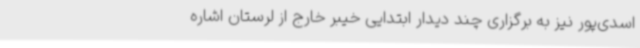
اسدی‌پور نیز به برگزاری چند دیدار ابتدایی خیبر خارج از لرستان اشاره